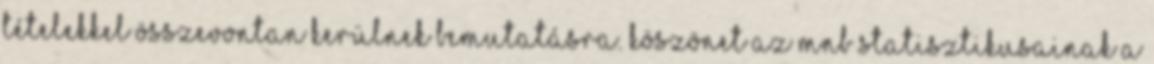
tételekkel összevontan kerülnek bemutatásra. Köszönet az MNB statisztikusainak a